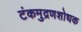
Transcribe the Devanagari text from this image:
टंकमुद्रणशोधक